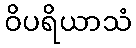
ဝိပရိယာသံ